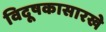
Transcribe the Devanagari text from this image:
विदूषकासारखे